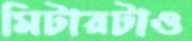
মিটারটাও